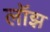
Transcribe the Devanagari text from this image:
लॉझ